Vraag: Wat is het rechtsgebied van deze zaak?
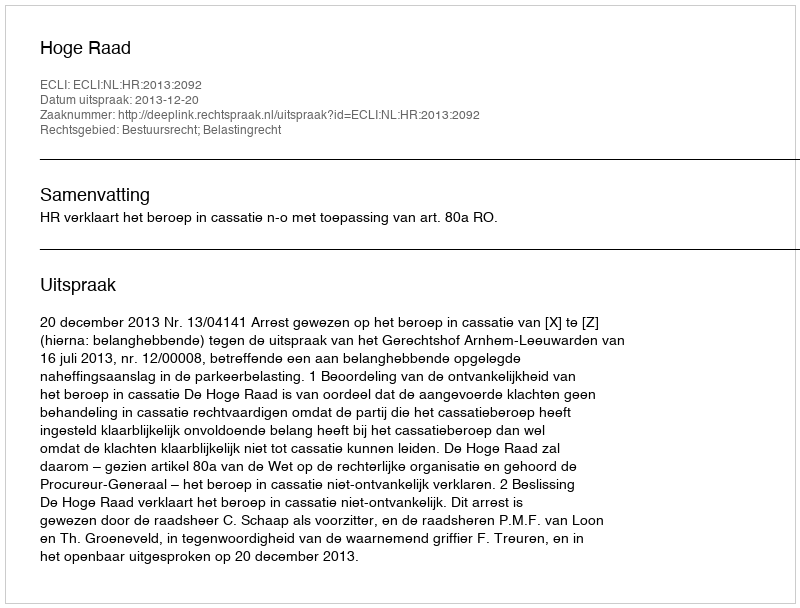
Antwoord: Bestuursrecht; Belastingrecht